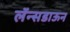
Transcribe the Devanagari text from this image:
लॅन्सडाऊन